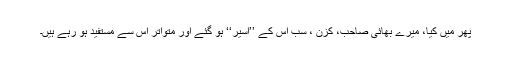
پھر میں کیا، میرے بھائی صاحب، کزن ، سب اس کے ’’اسیر‘‘ ہو گئے اور متواتر اس سے مستفید ہو رہے ہیں۔